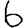
Digit: 6